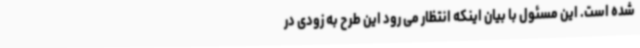
شده است. این مسئول با بیان اینکه انتظار می رود این طرح به زودی در